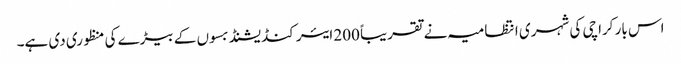
اس بار کراچی کی شہری انتظامیہ نے تقریباً 200 ایئر کنڈیشنڈ بسوں کے بیڑے کی منظوری دی ہے۔